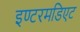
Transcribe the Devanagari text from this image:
इण्टरमडिएट